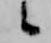
候